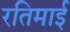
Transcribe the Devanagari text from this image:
रतिमाई